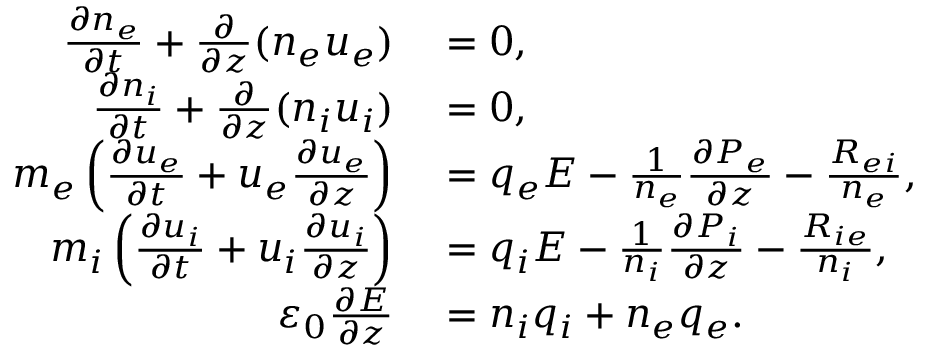
\begin{array} { r l } { \frac { \partial n _ { e } } { \partial t } + \frac { \partial } { \partial z } ( n _ { e } u _ { e } ) } & { { } = 0 , } \\ { \frac { \partial n _ { i } } { \partial t } + \frac { \partial } { \partial z } ( n _ { i } u _ { i } ) } & { { } = 0 , } \\ { m _ { e } \left( \frac { \partial u _ { e } } { \partial t } + u _ { e } \frac { \partial u _ { e } } { \partial z } \right) } & { { } = q _ { e } E - \frac { 1 } { n _ { e } } \frac { \partial P _ { e } } { \partial z } - \frac { R _ { e i } } { n _ { e } } , } \\ { m _ { i } \left( \frac { \partial u _ { i } } { \partial t } + u _ { i } \frac { \partial u _ { i } } { \partial z } \right) } & { { } = q _ { i } E - \frac { 1 } { n _ { i } } \frac { \partial P _ { i } } { \partial z } - \frac { R _ { i e } } { n _ { i } } , } \\ { \varepsilon _ { 0 } \frac { \partial E } { \partial z } } & { { } = n _ { i } q _ { i } + n _ { e } q _ { e } . } \end{array}